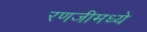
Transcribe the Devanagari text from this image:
रणजीमध्ये